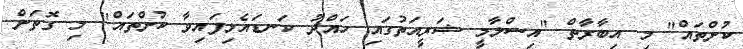
ކުށްތައް" މި އިބާރާތް "އިސްލާމީ ޝަރީއަތުގައި ހައްދު ކަނޑައެޅިފައިވާ ކުށްތައް" މި ގޮތަށް